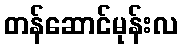
တန်ဆောင်မုန်းလ